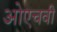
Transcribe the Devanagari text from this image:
ओएचवी